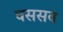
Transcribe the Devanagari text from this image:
वससव